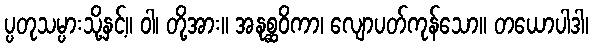
ပ္ပတုသမ္ပားသို့နှင့်။ ဝါ၊ တို့အား။ အနုစ္ဆဝိကာ၊ လျောပတ်ကုန်သော။ တယောပါဒါ၊